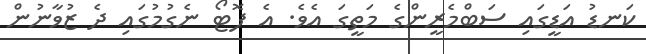
ކަނޑު އަޑީގައި ސަބްމެރީންގެ މަތީގަ އެވެ. އެ ފޮޓޯ ނެގުމުގައި ދެ ޒުވާނުން